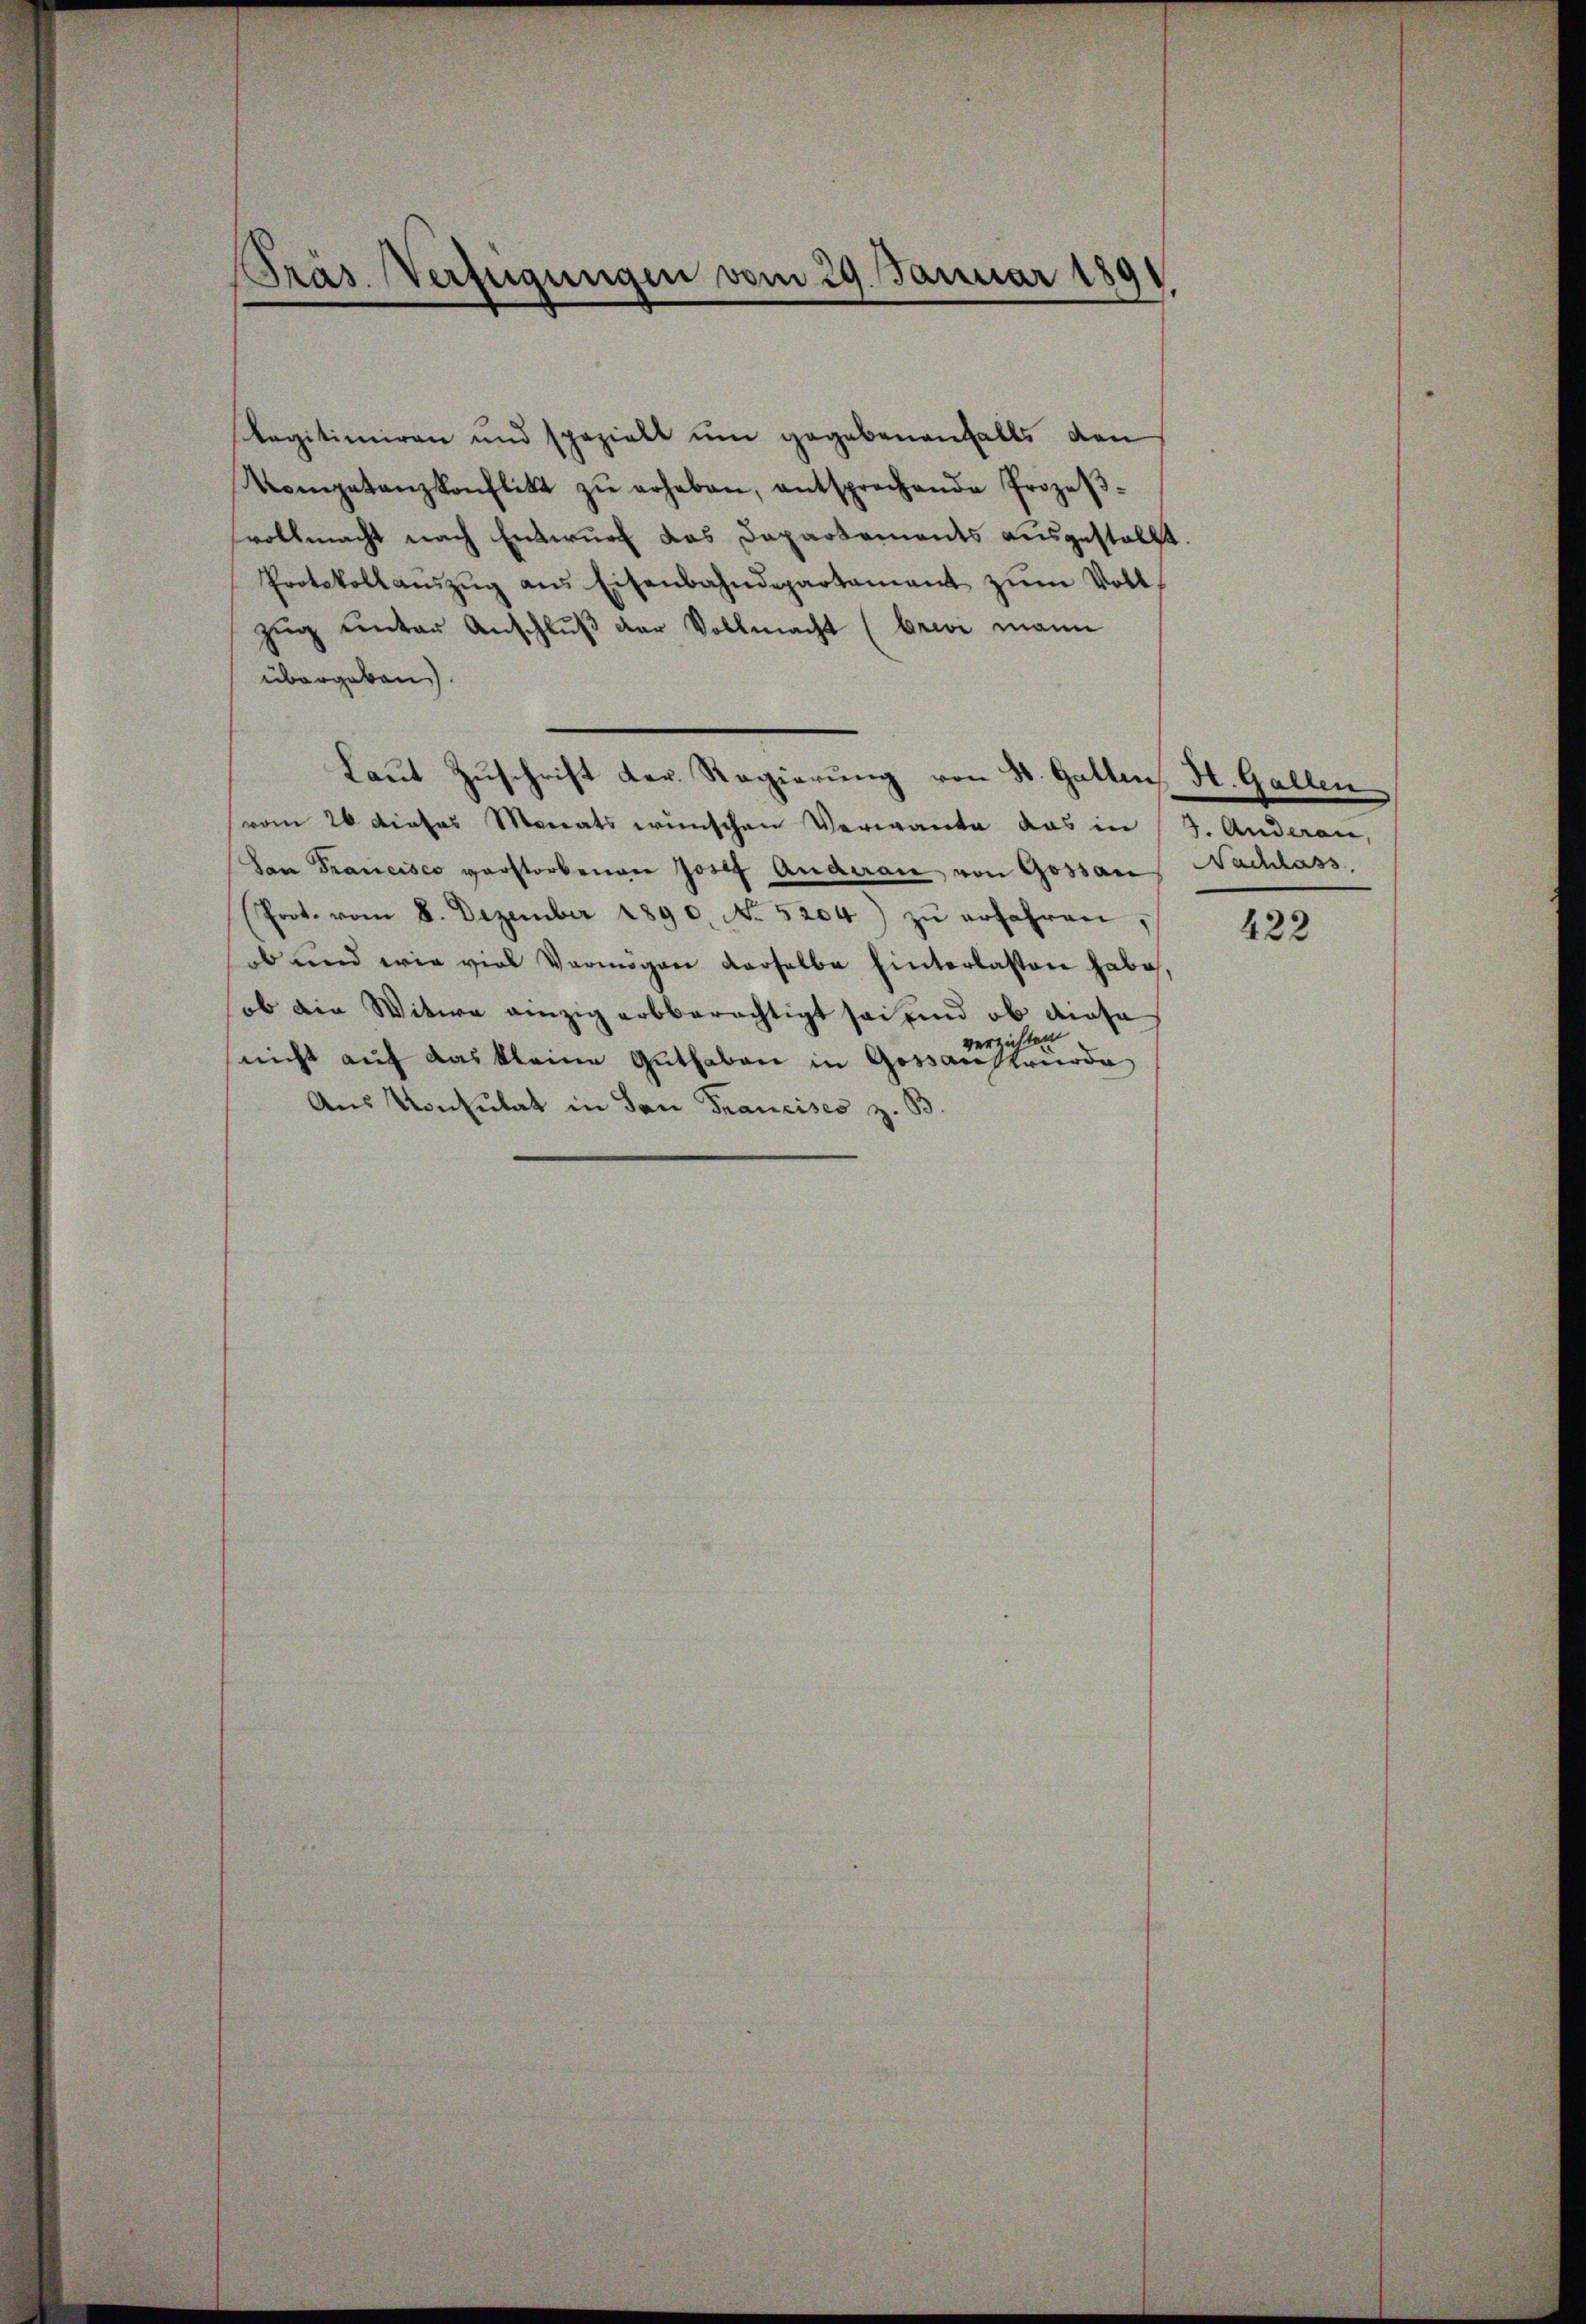
Präs. Verfügungen vom 29. Januar 1891

Ragitimiren und spezielt ŭm gegebenenfalls den
Kompetanzkonflikt zŭ erheben, entsprechende Prozeβ-
svollmacht nach Entwurf das Dapartaments ausgestellt.
Protokollaŭszŭg ans Eisenbahndepartament zŭm Voll
zug unter Anschluß der Vollmacht (brevi mann
übergeben.
Laut Zuschrift der Regierung von St. Gallen H. Gallen
vom 26 dieses Monats wünschen Verwante das in (3. Anderen,
San Francisco verstorbenen Josef Anderau von Gossan Nachlass
(Prot. vom 8. Dezember 1890. No. 5204) zŭ erfahren,
ob und wie viel Vermögen derselbe hinterlassen habe,
ob die Witwe einzig arbberechtigt sei, und ob diese
a
verzicht
nicht auf das kleine Guthaben in Gossanstründe
Aus Konsulat in San Francises z. B.

422